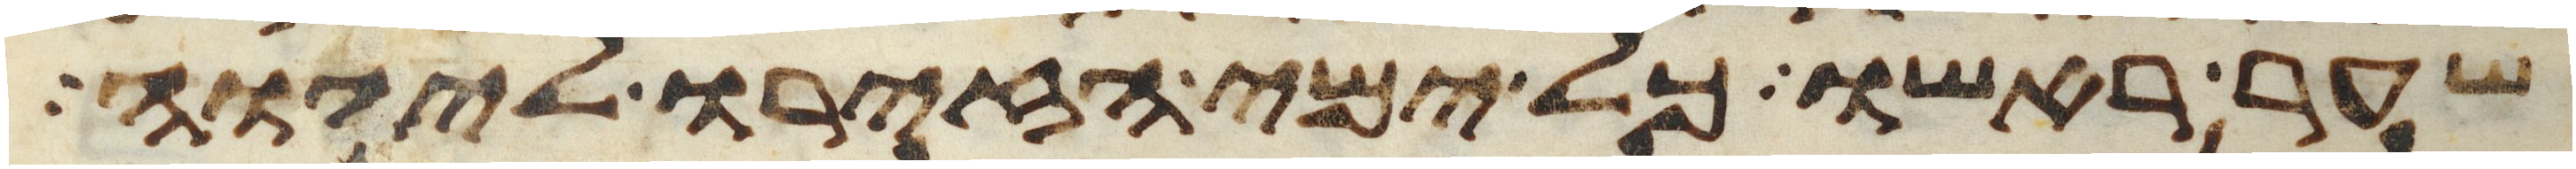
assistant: שער ראשו כל ימי הזירו ליהוה